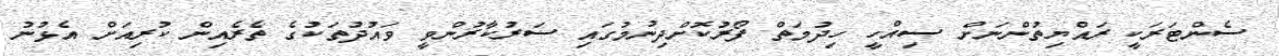
ސެންޓަރަކީ ރައްޔިތުންނަށް ސިއްހީ ހިދުމަތް ފޯރުކޮށްދިނުމުގައި ސަރުކާރުންވީ ވައުދުތަކުގެ ތެރެއިން ކުރިއަށް އެޅުނު